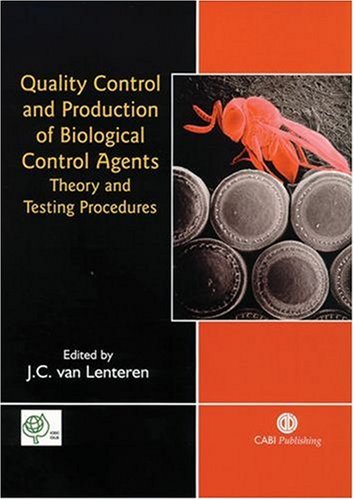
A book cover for Quality Control and Production of Biological Control Agents: Theory and Testing Procedures (Cabi); J C van Lenteren; Crafts, Hobbies & Home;